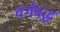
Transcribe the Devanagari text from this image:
वर्गबद्ध